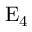
\mathrm { E _ { 4 } }